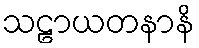
သဠာယတနာနိ